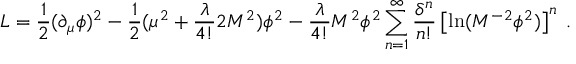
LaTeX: { \cal L } = \frac { 1 } { 2 } ( \partial _ { \mu } \phi ) ^ { 2 } - \frac { 1 } { 2 } ( \mu ^ { 2 } + \frac { \lambda } { 4 ! } 2 M ^ { 2 } ) \phi ^ { 2 } - \frac { \lambda } { 4 ! } M ^ { 2 } \phi ^ { 2 } \sum _ { n = 1 } ^ { \infty } \frac { \delta ^ { n } } { n ! } \left[ \ln ( M ^ { - 2 } \phi ^ { 2 } ) \right] ^ { n } \: .